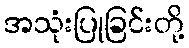
အသုံးပြုခြင်းတို့